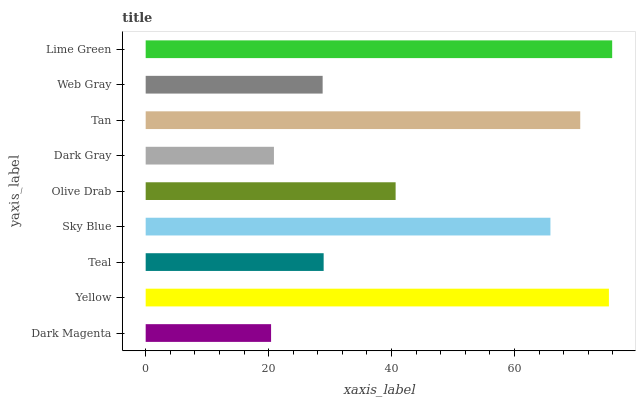
| yaxis_label | bars |
 | --- | --- |
 | Dark Magenta | 20.4 |
 | Yellow | 75.4 |
 | Teal | 29 |
 | Sky Blue | 65.9 |
 | Olive Drab | 40.7 |
 | Dark Gray | 20.9 |
 | Tan | 70.7 |
 | Web Gray | 28.8 |
 | Lime Green | 75.9 |